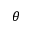
\theta